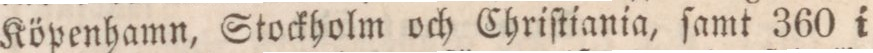
Köpenhamn, Stockholm och Chriſtiania, ſamt 360 i